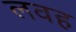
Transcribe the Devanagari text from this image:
लवह